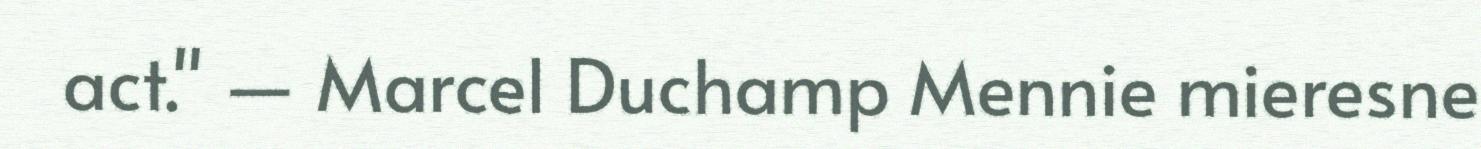
act." ― Marcel Duchamp Mennie mieresne